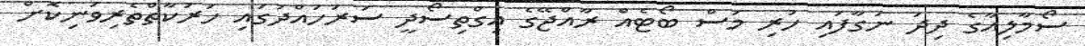
ސޯމާލިއާގެ ދިދަ ނަގާފައި ހުރި މަސް ބޯޓެއް ރާއްޖޭގެ އިގްތިސޯދީ ސަރަހައްދުގައި ހަރަކާތްތެރިވަނިކޮށް